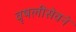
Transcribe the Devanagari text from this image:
वृषलीसेवनं